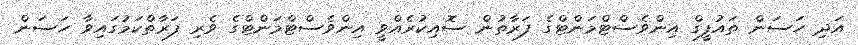
އަދި ހަސަން ތައުފީގް އިންވެސްޓްމަންޓްގެ ފަރާތުން ސޮއިކުރެއްވީ އިންވެސްޓްމަންޓްގެ ވެރި ފަރާތްކަމުގައިވާ ހަސަން